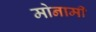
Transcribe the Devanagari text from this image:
मोनामी